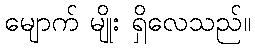
မျောက် မျိုး ရှိလေသည်။